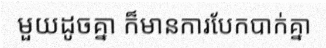
មួយដូចគ្នា ក៏មានការបែកបាក់គ្នា